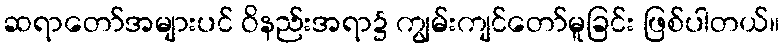
ဆရာတော်အများပင် ဝိနည်းအရာ၌ ကျွမ်းကျင်တော်မူခြင်း ဖြစ်ပါတယ်။